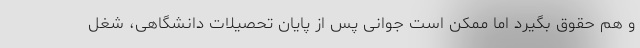
و هم حقوق بگیرد اما ممکن است جوانی پس از پایان تحصیلات دانشگاهی، شغل